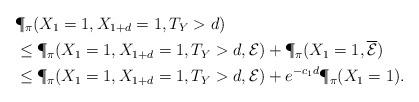
LaTeX: \begin{align*} & \P_{\pi}(X_{1}=1, X_{1+d}=1, T_Y>d) \\ & \le \P_{\pi}(X_{1}=1, X_{1+d}=1, T_Y>d, \mathcal{E}) + \P_{\pi}(X_1=1, \overline{\mathcal{E}}) \\ & \le \P_{\pi}(X_{1}=1, X_{1+d}=1, T_Y>d, \mathcal{E}) + e^{-c_1 d}\P_{\pi}(X_1=1).\end{align*}